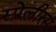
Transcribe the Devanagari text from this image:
स्पेलीरस